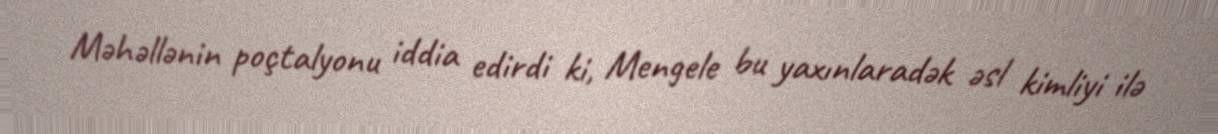
Məhəllənin poçtalyonu iddia edirdi ki, Mengele bu yaxınlaradək əsl kimliyi ilə